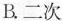
B二次